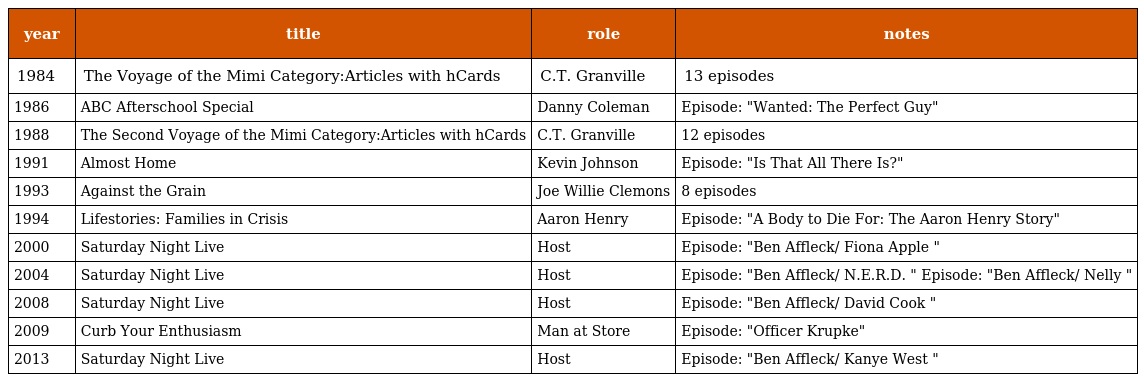
| year | title | role | notes |
 | --- | --- | --- | --- |
 | 1984 | The Voyage of the Mimi Category:Articles with hCards | C.T. Granville | 13 episodes |
 | 1986 | ABC Afterschool Special | Danny Coleman | Episode: "Wanted: The Perfect Guy" |
 | 1988 | The Second Voyage of the Mimi Category:Articles with hCards | C.T. Granville | 12 episodes |
 | 1991 | Almost Home | Kevin Johnson | Episode: "Is That All There Is?" |
 | 1993 | Against the Grain | Joe Willie Clemons | 8 episodes |
 | 1994 | Lifestories: Families in Crisis | Aaron Henry | Episode: "A Body to Die For: The Aaron Henry Story" |
 | 2000 | Saturday Night Live | Host | Episode: "Ben Affleck/ Fiona Apple " |
 | 2004 | Saturday Night Live | Host | Episode: "Ben Affleck/ N.E.R.D. " Episode: "Ben Affleck/ Nelly " |
 | 2008 | Saturday Night Live | Host | Episode: "Ben Affleck/ David Cook " |
 | 2009 | Curb Your Enthusiasm | Man at Store | Episode: "Officer Krupke" |
 | 2013 | Saturday Night Live | Host | Episode: "Ben Affleck/ Kanye West " |